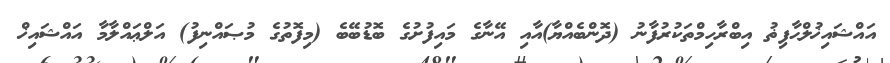
އައްޝައިޚުލްޙާފިޡު އިބްރާހިމްތަކުރުފާނު (ދޮންބެއްޔާ)އާއި އޭނާގެ މައިފުށުގެ ބޮޑުބޭބެ (މިފޮތުގެ މުޞައްނިފު) އަލްޢައްލާމާ އައްޝައިޚް